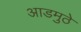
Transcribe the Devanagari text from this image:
आडमुठे